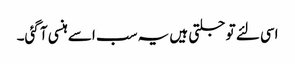
اسی لئے تو جلتی ہیں یہ سب اسے ہنسی آ گئی۔